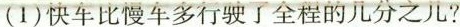
(1)快车比慢车多行驶了全程的几分之几？